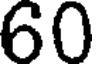
60